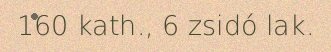
160 kath., 6 zsidó lak.